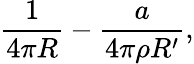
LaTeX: {\frac{1}{4\pi R}}-{\frac{a}{4\pi\rho R^{\prime}}},